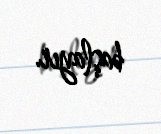
başlayır.